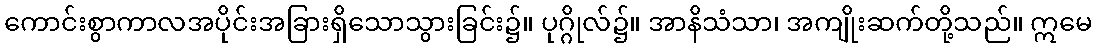
ကောင်းစွာကာလအပိုင်းအခြားရှိသောသွားခြင်း၌။ ပုဂ္ဂိုလ်၌။ အာနိသံသာ၊ အကျိုးဆက်တို့သည်။ ဣမေ